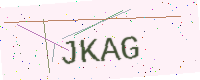
Text: JKAG